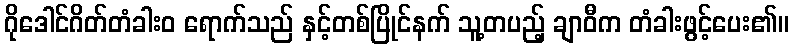
ဂိုဒေါင်ဂိတ်တံခါးဝ ရောက်သည် နှင့်တစ်ပြိုင်နက် သူ့တပည့် ချာဝီက တံခါးဖွင့်ပေး၏။